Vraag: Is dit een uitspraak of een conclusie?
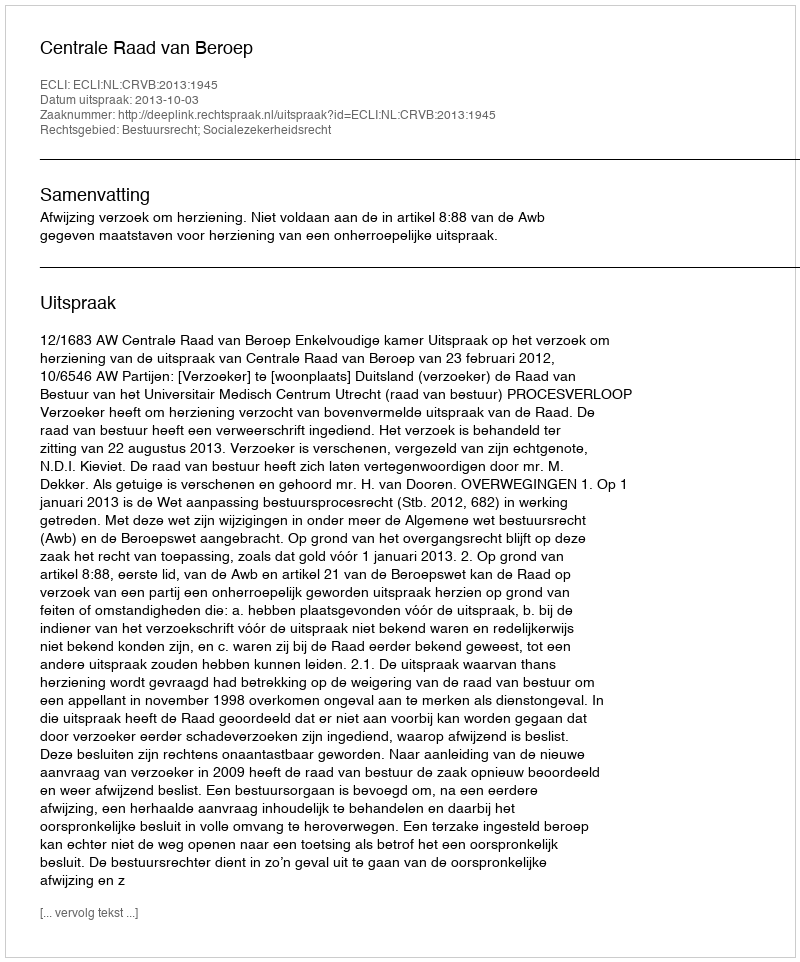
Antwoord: Uitspraak